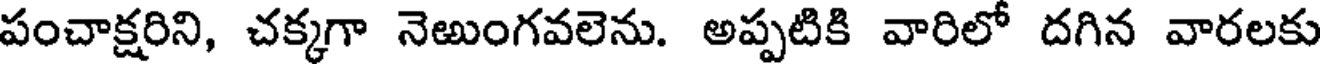
పంచాక్షరిని, చక్కగా నెఱుంగవలెను. అప్పటికి వారిలో దగిన వారలకు